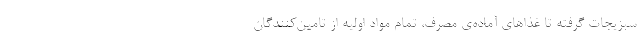
سبزیجات گرفته تا غذاهای آماده‌ی مصرف، تمام مواد اولیه از تامین‌کنندگان